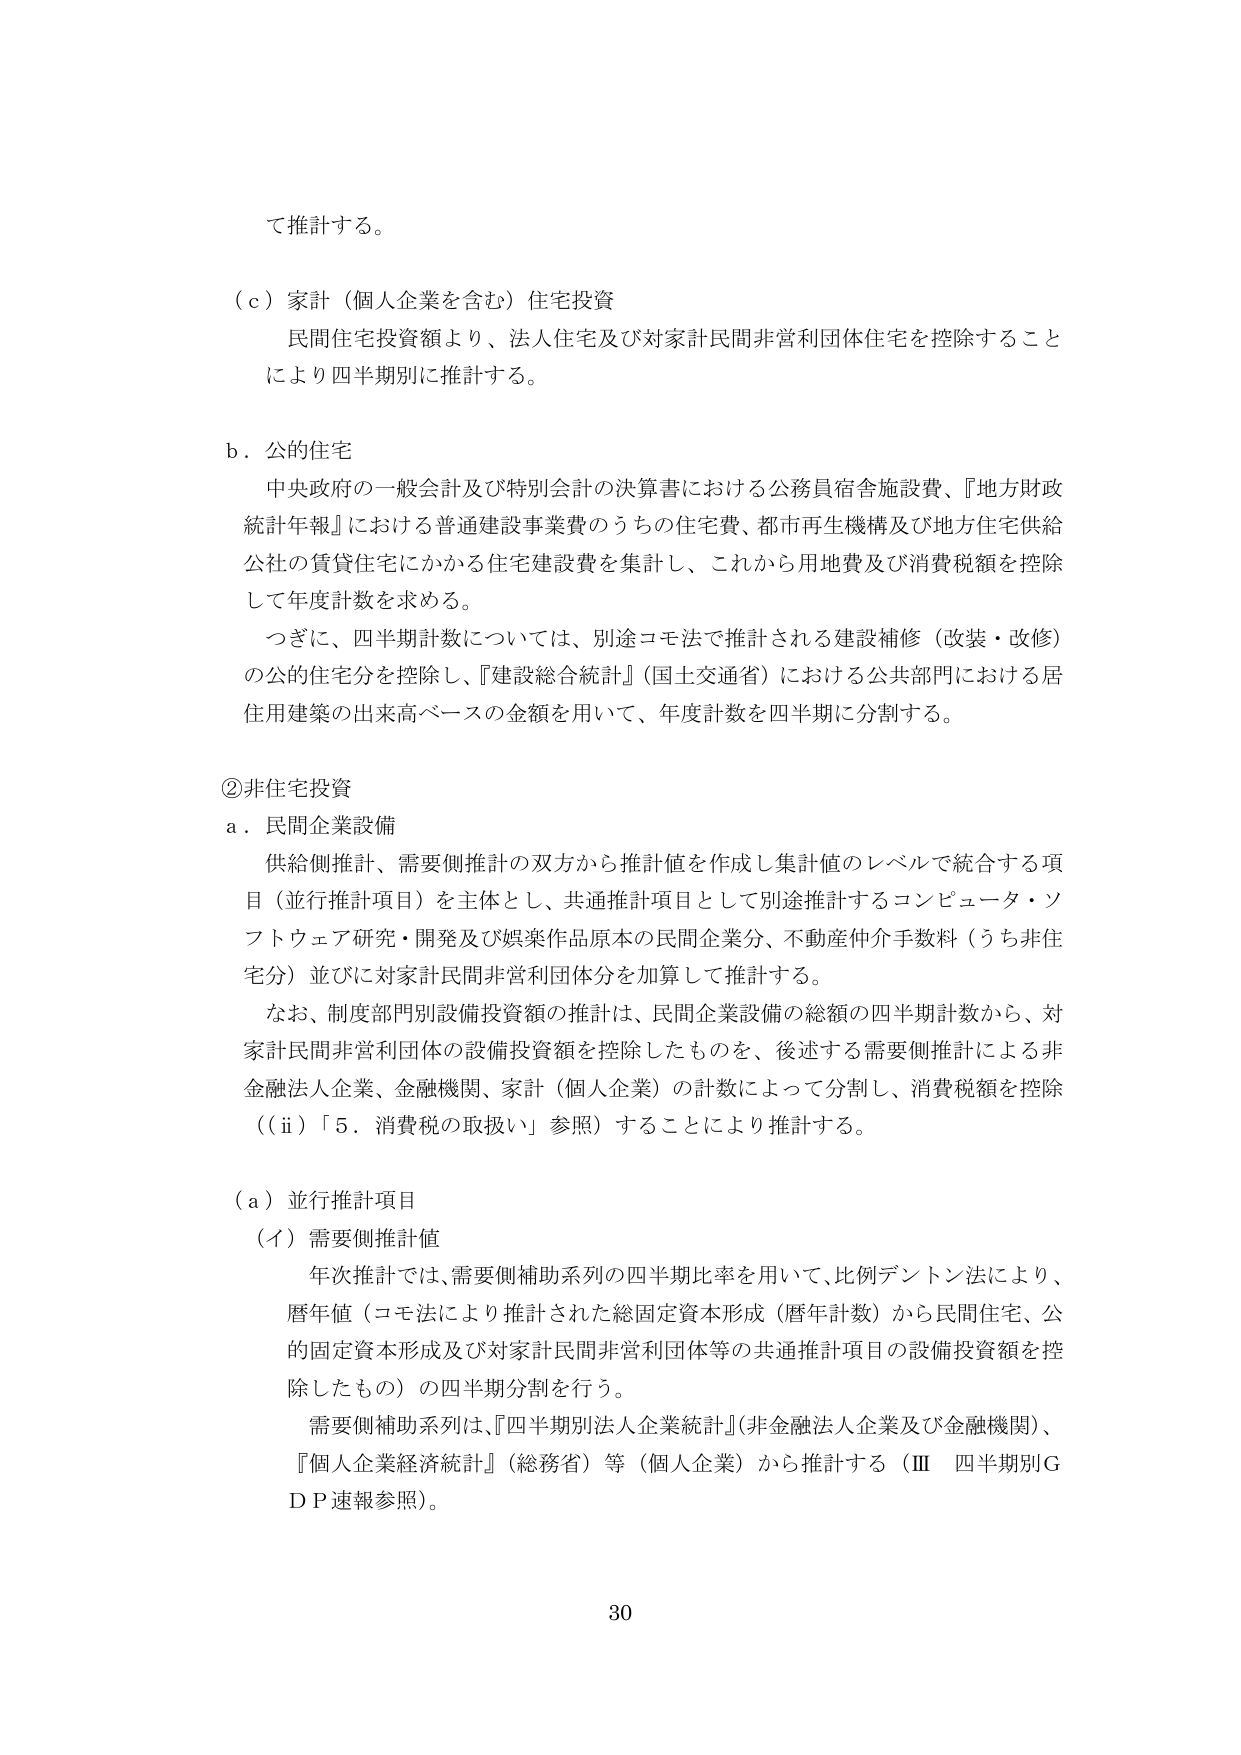
て推計する。

（ｃ）家計（個人企業を含む）住宅投資
　民間住宅投資額より、法人住宅及び対家計民間非営利団体住宅を控除すること
　により四半期別に推計する。

ｂ．公的住宅
　中央政府の一般会計及び特別会計の決算書における公務員宿舎施設費、『地方財政
　統計年報』における普通建設事業費のうちの住宅費、都市再生機構及び地方住宅供給
　公社の賃貸住宅にかかる住宅建設費を集計し、これから用地費及び消費税額を控除
　して年度計数を求める。
　つぎに、四半期計数については、別途コモ法で推計される建設補修（改装・改修）
　の公的住宅分を控除し、『建設総合統計』（国土交通省）における公共部門における居
　住用建築の出来高ベースの金額を用いて、年度計数を四半期に分割する。

②非住宅投資
ａ．民間企業設備
　供給側推計、需要側推計の双方から推計値を作成し集計値のレベルで統合する項
　目（並行推計項目）を主体とし、共通推計項目として別途推計するコンピュータ・ソ
　フトウェア研究・開発及び娯楽作品原本の民間企業分、不動産仲介手数料（うち非住
　宅分）並びに対家計民間非営利団体分を加算して推計する。
　なお、制度部門別設備投資額の推計は、民間企業設備の総額の四半期計数から、対
　家計民間非営利団体の設備投資額を控除したものを、後述する需要側推計による非
　金融法人企業、金融機関、家計（個人企業）の計数によって分割し、消費税額を控除
　（（ⅱ）「５．消費税の取扱い」参照）することにより推計する。

（ａ）並行推計項目
　（イ）需要側推計値
　　年次推計では、需要側補助系列の四半期比率を用いて、比例デントン法により、
　　暦年値（コモ法により推計された総固定資本形成（暦年計数）から民間住宅、公
　　的固定資本形成及び対家計民間非営利団体等の共通推計項目の設備投資額を控
　　除したもの）の四半期分割を行う。
　　需要側補助系列は、『四半期別法人企業統計』（非金融法人企業及び金融機関）、
　　『個人企業経済統計』（総務省）等（個人企業）から推計する（Ⅲ　四半期別Ｇ
　　ＤＰ速報参照）。

30